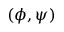
( \phi , \psi )